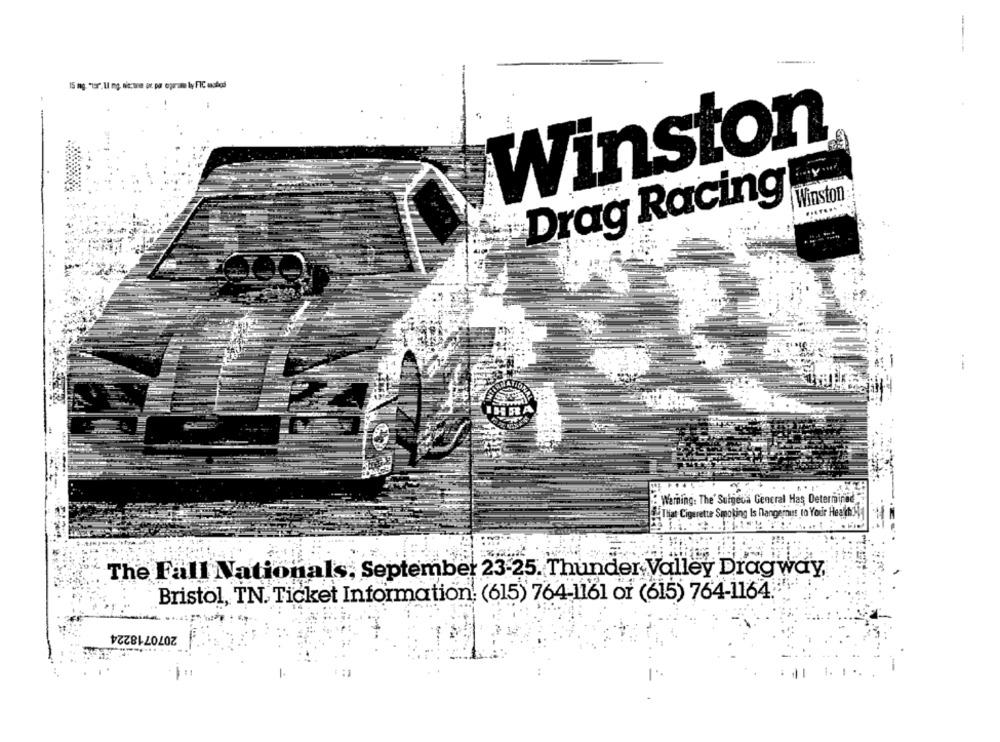
15 mg. "150" Ul ng, niccone pe pa opram ly FIC matos
Winston
Winston:
Drag Racing
IRA
Warning: The' Sulgeva General Has Determined
That Cigarette Smoking Is Mangemuss to Your Health
The Fall Nationals, September 23-25. Thunder Valley Dragway,
Bristol, TN. Ticket Information: (615) 764-1161 or (615) 764-1164.
2070718224
1. 1 ..